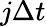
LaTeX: j\Delta t